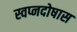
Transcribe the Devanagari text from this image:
स्वप्नदोषास